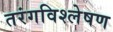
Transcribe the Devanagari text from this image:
तरंगविश्लेषण